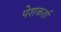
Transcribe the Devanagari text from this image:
पेशकर्ता